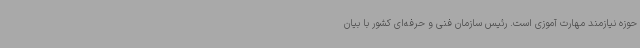
حوزه نیازمند مهارت آموزی است. رئیس سازمان فنی و حرفه‌ای کشور با بیان